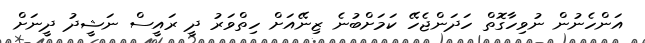
އަންހެނުން ނުވިހާގޮތް ހަދަންޖެހޭ ކަމަށްބުނެ ޒިނޭއަށް ހިތްވަރު ދީ ރައީސް ނަޝީދު ދީނަށް